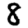
Digit: 8